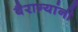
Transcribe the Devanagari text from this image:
बैराग्यांनी